Report of the Bombay Veterinary College
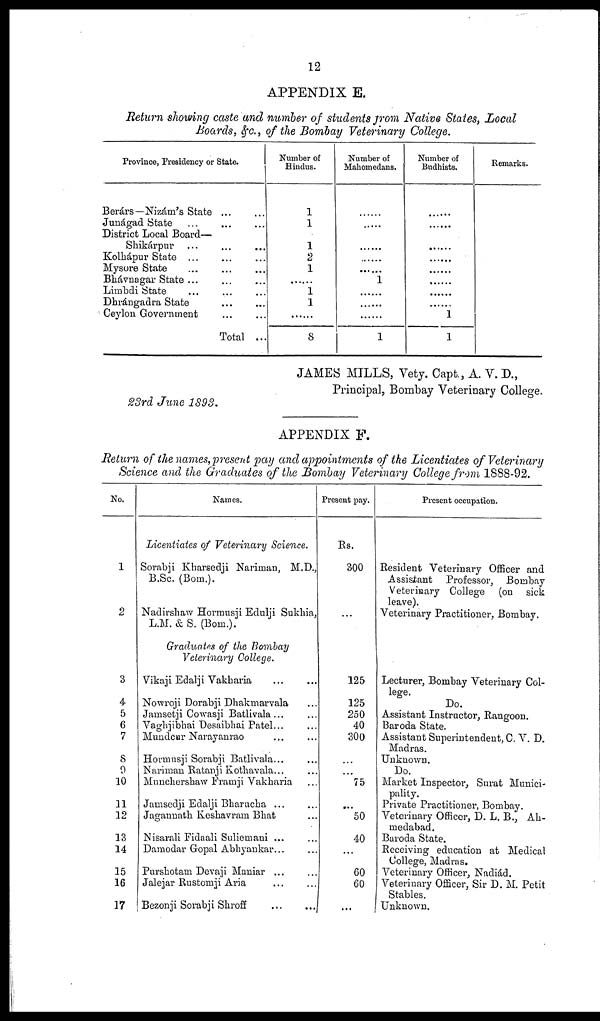
12
APPENDIX E.
Return showing caste and number of students from Native States, Local
Boards, &c., of the Bombay Veterinary College.
Province, Presidency or
Berárs—Nizám's State
Junágad State
District Local Board—
Shikárpur
...
Kolhápur State ...
Mysore State
Bhávnagar State ...
Limbdi State
Dhrángadra State
Ceylon Government
State.
... ...
... ...
... ...
... ...
... ...
... ...
... ...
... ...
Total ...
Number of
Hindus.
1
1
1
2
1
1
1
8
Number of
Mahomedans.
...
...
...
...
...
...
...1
...
...
1
Number of
Budhists.
...
...
...
...
...
...
...
...
1
1
Remarks.
JAMES MILLS, Vety. Capt., A. V. D.,
Principal, Bombay Veterinary College.
23rd June 1893.
APPENDIX F.
Return of the names,present pay and appointments of the Licentiates of Veterinary
Science and the Graduates of the Bombay Veterinary College from 1888-92.
No.
1
2
3
4
5
6
7
8
9
10
11
12
13
14
15
16
17
Names.
Licentiates of Veterinary
Science.
Sorabji Kharsedji Nariman, M.D.,
B.Sc. (Bom.).
Nadirshaw Hormusji Edulji Sukhia,
L.M. & S. (Bom.).
Graduates of the Bombay
Veterinary
College.
Vikaji Edalji Vakharia
...
...
...
Nowroji Dorabji Dhakmarvala
Jamsetji Cowasji Batlivala...
Vaghjibhai Desaibhai Patel.
Mundcur Narayanrao
...
...
...
Hormusji Sorabji Batlivala... ...
Nariman Ratanji Kothavala...
Munchershaw Framji Vakharia
Jamsedji Edalji
Bharucha...
...
Jagannath Keshavram Bhat
Nisarali Fidaali
Suliemani...
...
Damodar Gopal
Abbyankar...
...
Purshotam Devaji
Maniar...
...
Jalejar Rustomji Aria
...
...
Bezonji Sorabji Shroff
...
...
Present pay.
Rs.
300
125
125
250
40
300
...
75
...
50
40
...
60
60
...
Present occupation.
Resident Veterinary Officer and
Assistant
Professor,
Bombay
Veterinary College
(on
sick
leave).
Veterinary Practitioner, Bombay.
Lecturer, Bombay Veterinary Col-
lege.
Do.
Assistant Instructor, Rangoon.
Baroda State.
Assistant Superintendent, C. V. D.
Madras.
Unknown.
Do.
Market Inspector, Surat Munici-
pality.
Private Practitioner, Bombay.
Veterinary Officer, D. L. B., Ah¬
medabad.
Baroda State.
Receiving education at Medical
College, Madras.
Veterinary Officer, Nadiád.
Veterinary Officer, Sir D. M. Petit
Stables.
Unknown.